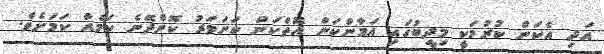
އަދި އެކަން ކުރުމަކީ މިދީބުގައި އަމާންކަން އޮތްކަން ކަށަވަރު ކޮށްދޭނެ ކަމެއް ކަމަށެވެ.